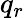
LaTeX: q_{r}